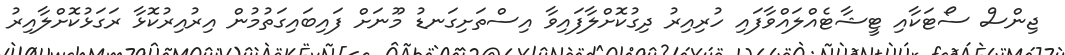
ޖިންސް ސޯޓަކާއި ޓީޝާޓެއްލައްވާފައި ހުރިއިރު ދިގުކޮށްލާފައިވާ އިސްތަށިގަނޑު މޫނަށް ފައިބައިގަތުމުން އިރުއިރުކޮޅާ ރަގަޅުކޮށްލާއިރު